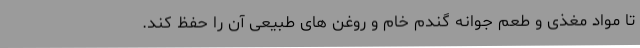
تا مواد مغذی و طعم جوانه گندم خام و روغن های طبیعی آن را حفظ کند.